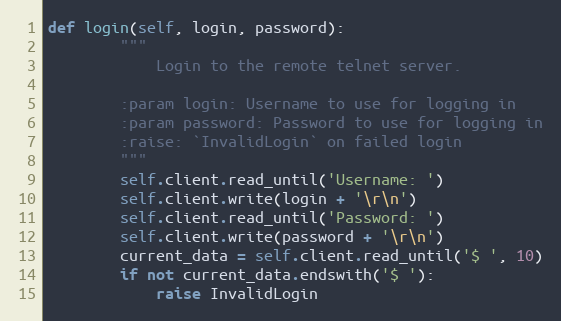
Language: Python
def login(self, login, password):
        """
            Login to the remote telnet server.

        :param login: Username to use for logging in
        :param password: Password to use for logging in
        :raise: `InvalidLogin` on failed login
        """
        self.client.read_until('Username: ')
        self.client.write(login + '\r\n')
        self.client.read_until('Password: ')
        self.client.write(password + '\r\n')
        current_data = self.client.read_until('$ ', 10)
        if not current_data.endswith('$ '):
            raise InvalidLogin